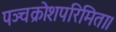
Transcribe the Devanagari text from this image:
पञ्चक्रोशपरिमिता।